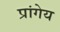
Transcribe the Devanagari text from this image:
प्रांगेय